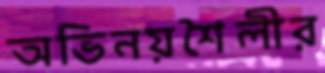
অভিনয়শৈলীর